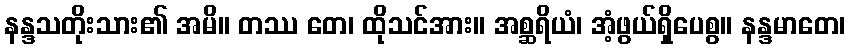
နန္ဒသတိုးသား၏ အမိ။ တဿ တေ၊ ထိုသင်အား။ အစ္ဆရိယံ၊ အံ့ဖွယ်ရှိပေစွ။ နန္ဒမာတေ၊